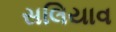
સલિયાવ